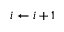
i \gets i + 1